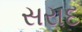
સરાદ